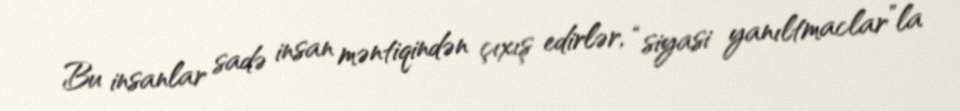
Bu insanlar sadə insan məntiqindən çıxış edirlər, “siyasi yanıltmaclar”la